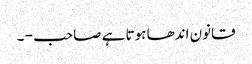
قانون اندھا ہوتا ہے صاحب - ۔